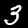
Label: 3